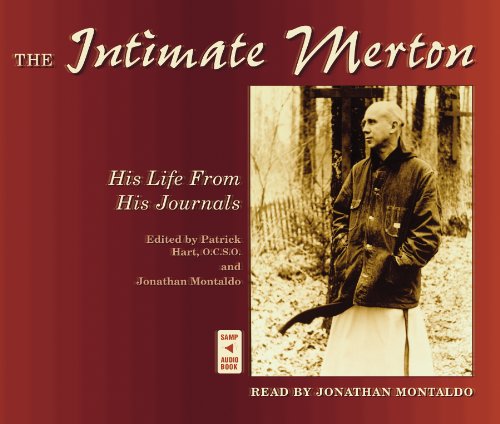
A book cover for The Intimate Merton: His Life From His Journals; Thomas Merton; Christian Books & Bibles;